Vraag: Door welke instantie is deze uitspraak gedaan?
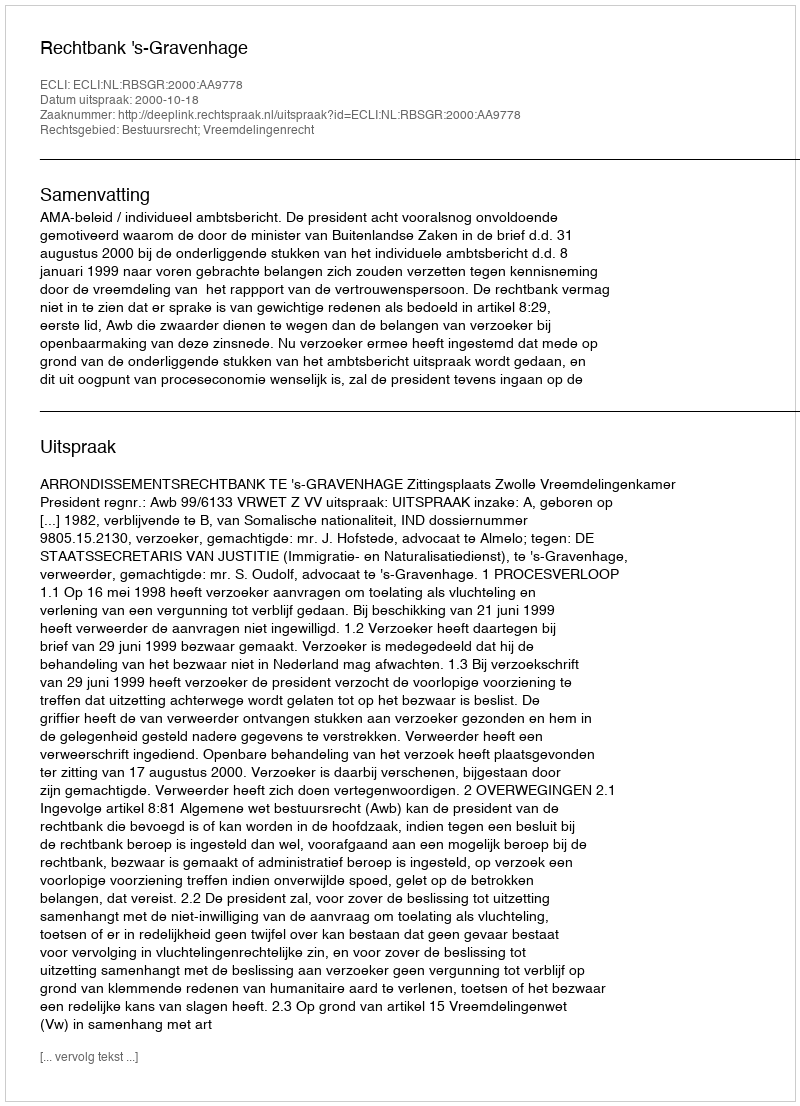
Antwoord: Rechtbank 's-Gravenhage